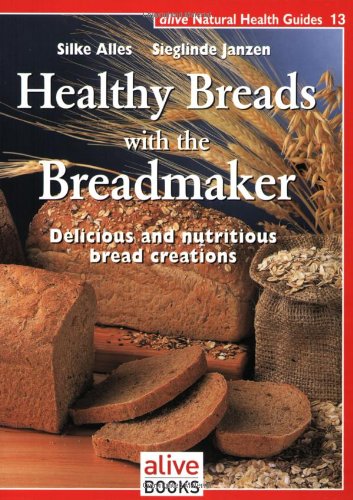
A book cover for Healthy Breads With a Breadmaker (Natural Health Guide) (Alive Natural Health Guides); Silke Alles; Cookbooks, Food & Wine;